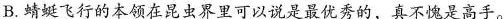
B.蜻蜓飞行的本领在昆虫界里可以说是最优秀的，真不愧是高手。